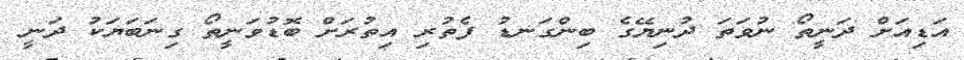
އަޑިއަށް ދަނީތޯ ނުވަތަ ދުނިޔޭގެ ބިންގަނޑު ފެތުރި އިތުރަށް ބޮޑުވަނީތޯ ގިނަބަޔަކު ދަނީ